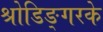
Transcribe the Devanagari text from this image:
श्रोडिङ्गरके